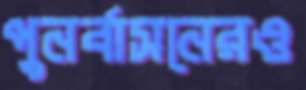
পুনর্বাসনেরও